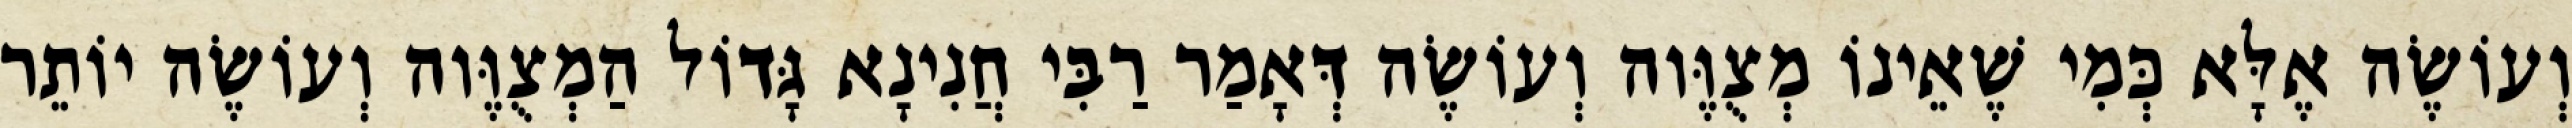
וְעוֹשֶׂה אֶלָּא כְּמִי שֶׁאֵינוֹ מְצֻוֶּוה וְעוֹשֶׂה דְּאָמַר רַבִּי חֲנִינָא גָּדוֹל הַמְצֻוֶּוה וְעוֹשֶׂה יוֹתֵר